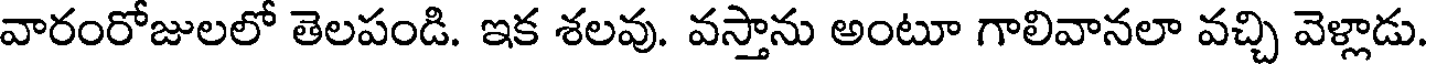
వారంరోజులలో తెలపండి. ఇక శలవు. వస్తాను అంటూ గాలివానలా వచ్చి వెళ్లాడు.